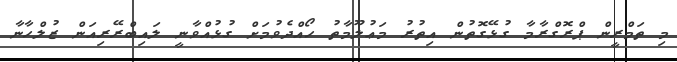
މި ތަމްރީން ޕްރޮގްރާމާ ގުޅޭގޮތުން އިތުރު މަޢުލޫމާތު ހޯއްދެވުމަށް ގުޅުއްވާނީ ލައިބްރޭރިއަން ޒުލްހާނާ